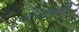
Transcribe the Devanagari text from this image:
आजारची